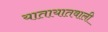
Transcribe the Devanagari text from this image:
यातायातवाली